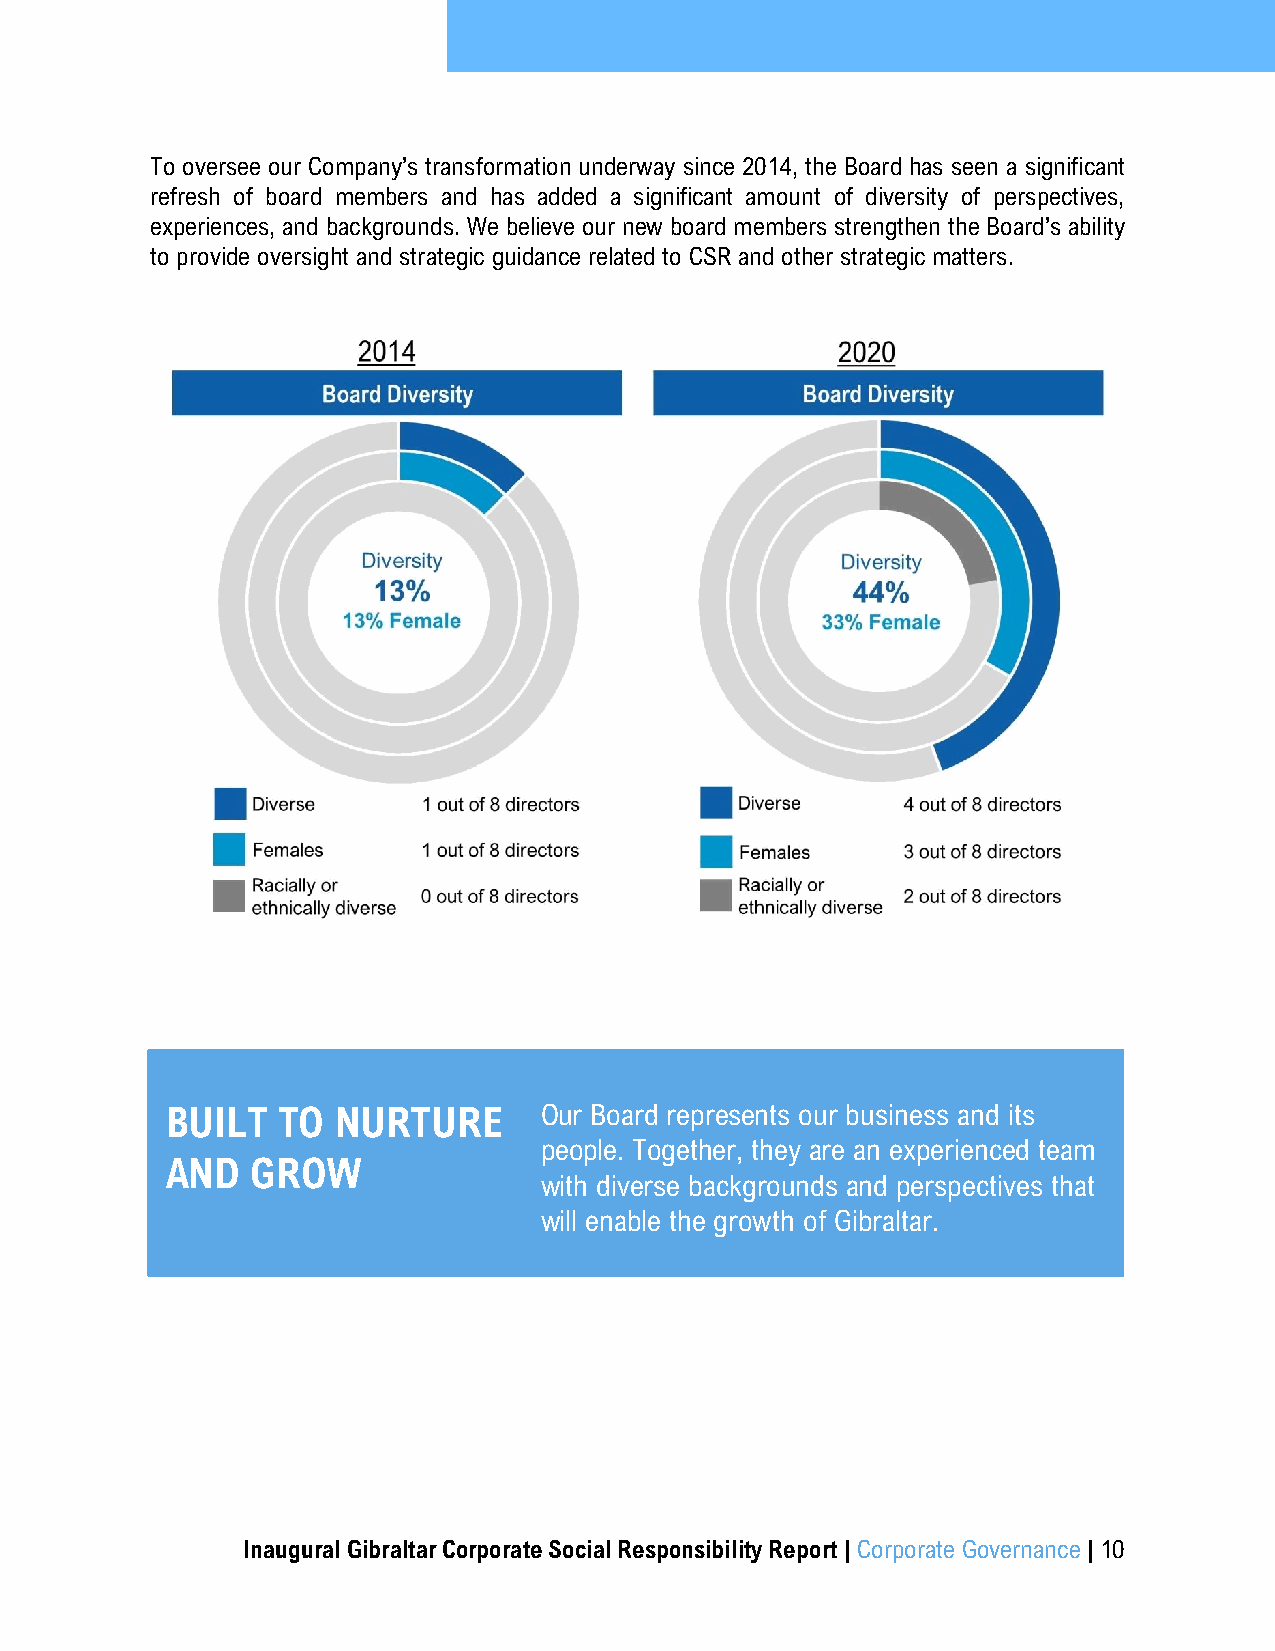
To oversee our Company’s transformation underway since 2014, the Board has seen a significant
 refresh of board members and has added a significant amount of diversity of perspectives,
 experiences, and backgrounds. We believe our new board members strengthen the Board’s ability
 to provide oversight and strategic guidance related to CSR and other strategic matters.
 BUILT  TO  NURTURE       Our Board represents our business and its
 people. Together, they are an experienced team
 AND   GROW
 with diverse backgrounds and perspectives that
 will enable the growth of Gibraltar.
 Inaugural Gibraltar Corporate Social Responsibility Report | Corporate Governance | 10